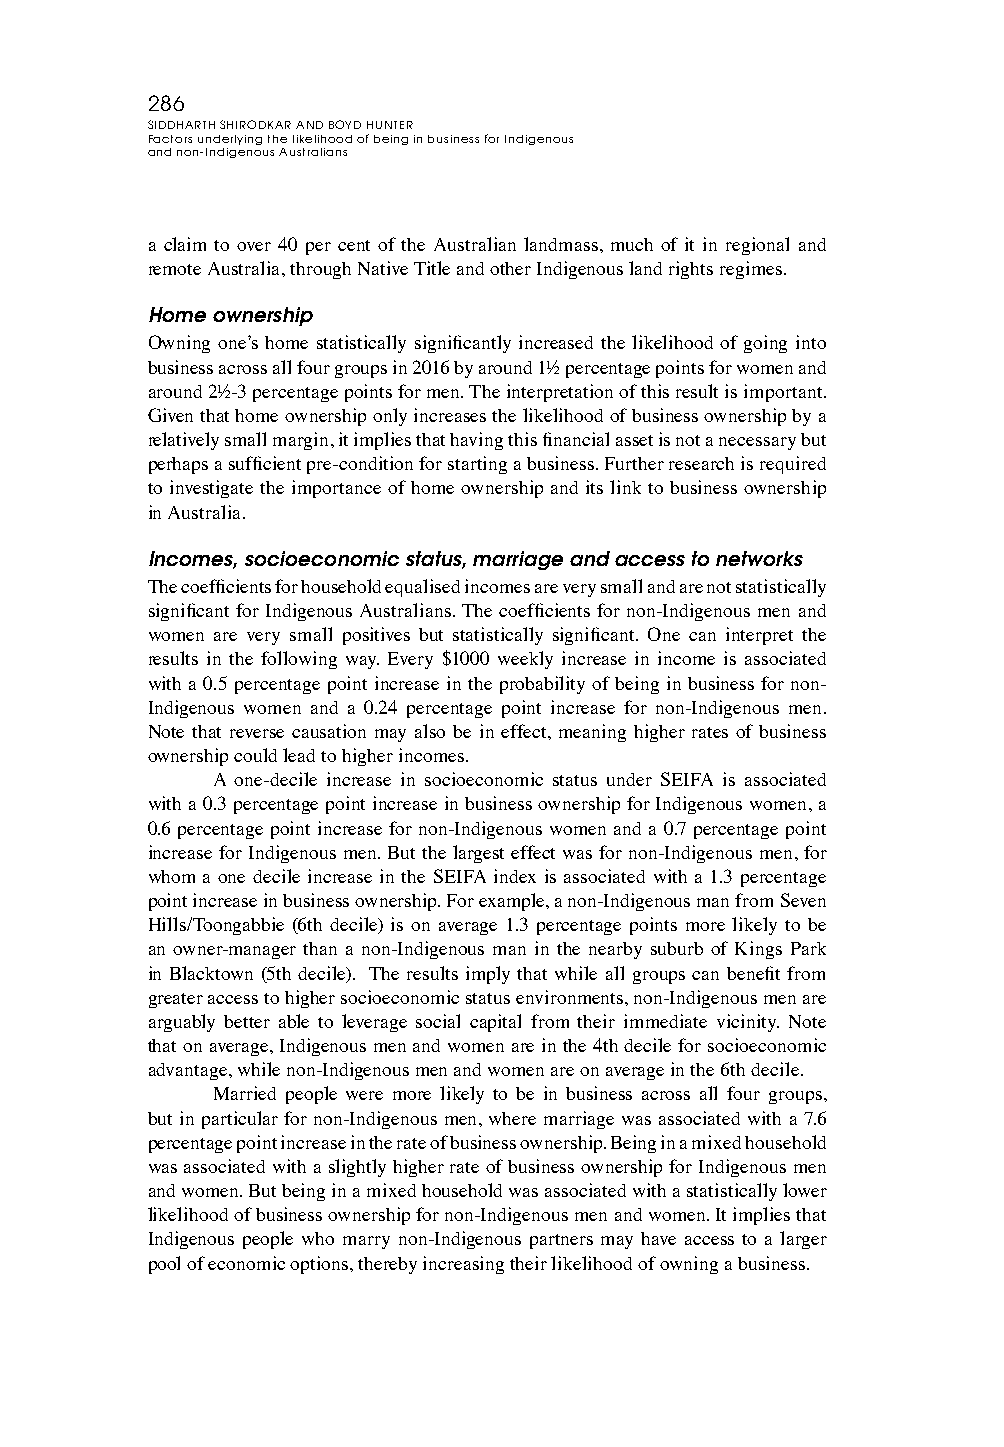
286
 SIDDHARTH SHIRODKAR AND BOYD HUNTER
 Factors underlying the likelihood of being in business for Indigenous
 and non-Indigenous Australians
 a claim to over 40 per cent of the Australian landmass, much of it in regional and
 remote Australia, through Native Title and other Indigenous land rights regimes.
 Home ownership
 Owning one’s home statistically significantly increased the likelihood of going into
 business across all four groups in 2016 by around 1½ percentage points for women and
 around 2½-3 percentage points for men. The interpretation of this result is important.
 Given that home ownership only increases the likelihood of business ownership by a
 relatively small margin, it implies that having this financial asset is not a necessary but
 perhaps a sufficient pre-condition for starting a business. Further research is required
 to investigate the importance of home ownership and its link to business ownership
 in Australia.
 Incomes, socioeconomic status, marriage and access to networks
 The coefficients for household equalised incomes are very small and are not statistically
 significant for Indigenous Australians. The coefficients for non-Indigenous men and
 women are very small positives but statistically significant. One can interpret the
 results in the following way. Every $1000 weekly increase in income is associated
 with a 0.5 percentage point increase in the probability of being in business for non-
 Indigenous women and a 0.24 percentage point increase for non-Indigenous men.
 Note that reverse causation may also be in effect, meaning higher rates of business
 ownership could lead to higher incomes.
 A one-decile increase in socioeconomic status under SEIFA is associated
 with a 0.3 percentage point increase in business ownership for Indigenous women, a
 0.6 percentage point increase for non-Indigenous women and a 0.7 percentage point
 increase for Indigenous men. But the largest effect was for non-Indigenous men, for
 whom a one decile increase in the SEIFA index is associated with a 1.3 percentage
 point increase in business ownership. For example, a non-Indigenous man from Seven
 Hills/Toongabbie (6th decile) is on average 1.3 percentage points more likely to be
 an owner-manager than a non-Indigenous man in the nearby suburb of Kings Park
 in Blacktown (5th decile). The results imply that while all groups can benefit from
 greater access to higher socioeconomic status environments, non-Indigenous men are
 arguably better able to leverage social capital from their immediate vicinity. Note
 that on average, Indigenous men and women are in the 4th decile for socioeconomic
 advantage, while non-Indigenous men and women are on average in the 6th decile.
 Married people were more likely to be in business across all four groups,
 but in particular for non-Indigenous men, where marriage was associated with a 7.6
 percentage point increase in the rate of business ownership. Being in a mixed household
 was associated with a slightly higher rate of business ownership for Indigenous men
 and women. But being in a mixed household was associated with a statistically lower
 likelihood of business ownership for non-Indigenous men and women. It implies that
 Indigenous people who marry non-Indigenous partners may have access to a larger
 pool of economic options, thereby increasing their likelihood of owning a business.